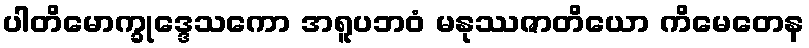
ပါတိမောက္ခုဒ္ဒေသကော အရူပဘဝံ မနုဿဇာတိယော ကိမေတေန